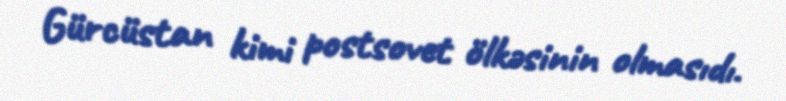
Gürcüstan kimi postsovet ölkəsinin olmasıdı.